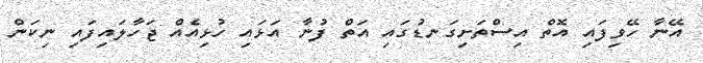
އޭނާ ހޭވިފައި އޮތް އިސްތަށިގަނޑުގައި އަތް ފުނާ އަޅައި ހުޅިއެއް ޖަހާލައިފައި ނިކަން